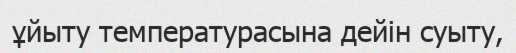
ұйыту температурасына дейін суыту,